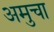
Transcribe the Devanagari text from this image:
अमुचा